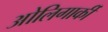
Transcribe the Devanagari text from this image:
ओलिगार्की